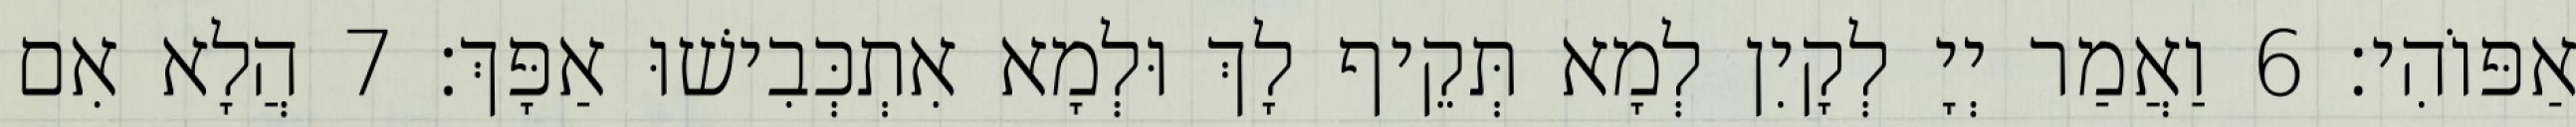
אַפּוֹהִי׃ 6 וַאֲמַר יְיָ לְקָיִן לְמָא תְּקֵיף לָךְ וּלְמָא אִתְכְּבִישׁוּ אַפָּךְ׃ 7 הֲלָא אִם